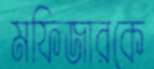
মফিজারকে